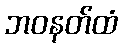
ဘဝနတ်ထံ